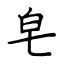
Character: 皂